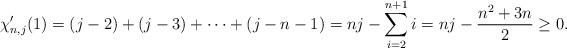
LaTeX: \begin{align*} \chi_{n,j}^{\prime}(1)=(j-2)+(j-3)+\cdots+(j-n-1)=nj-\sum_{i=2}^{n+1} i= nj-\frac{n^{2}+3n}{2}\geq 0.\end{align*}